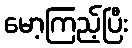
မော့ကြည့်ပြီး